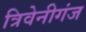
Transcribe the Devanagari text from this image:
त्रिवेनीगंज